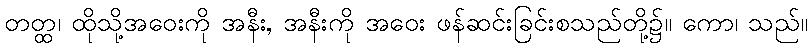
တတ္ထ၊ ထိုသို့အဝေးကို အနီး, အနီးကို အဝေး ဖန်ဆင်းခြင်းစသည်တို့၌။ ကော၊ သည်။